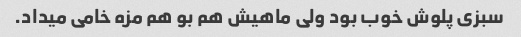
سبزی پلوش خوب بود ولی ماهیش هم بو هم مزه خامی میداد.